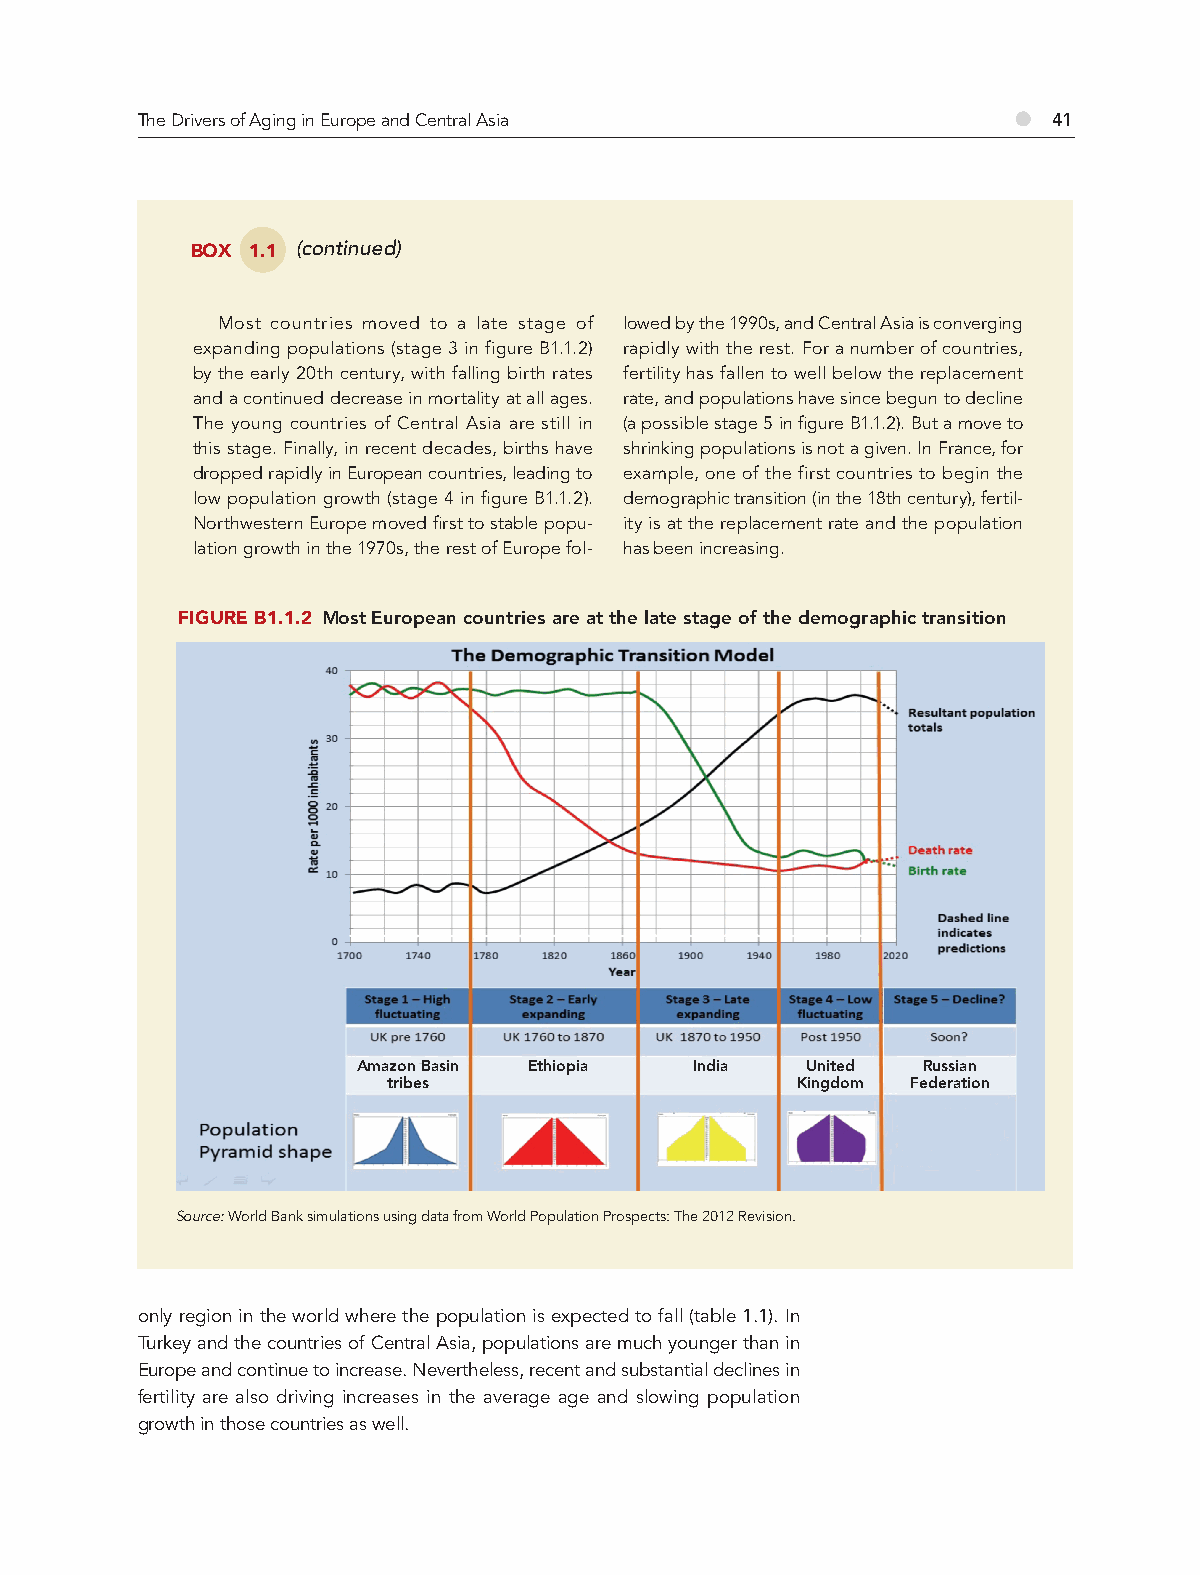
The Drivers of Aging in Europe and Central Asia           ●  41
 BOX 1.1 (continued)
 Most countries moved to a late stage of lowed by the 1990s, and Central Asia is converging
 expanding populations (stage 3 in figure B1.1.2) rapidly with the rest. For a number of countries,
 by the early 20th century, with falling birth rates fertility has fallen to well below the replacement
 and a continued decrease in mortality at all ages. rate, and populations have since begun to decline
 The young countries of Central Asia are still in (a possible stage 5 in fi gure B1.1.2). But a move to
 this stage. Finally, in recent decades, births have shrinking populations is not a given. In France, for
 dropped rapidly in European countries, leading to example, one of the first countries to begin the
 low population growth (stage 4 in fi gure B1.1.2). demographic transition (in the 18th century), fertil-
 Northwestern Europe moved fi rst to stable popu- ity is at the replacement rate and the population
 lation growth in the 1970s, the rest of Europe fol- has been increasing.
 FIGURE B1.1.2 Most European countries are at the late stage of the demographic transition
 Amazon Basin Ethiopia India  United  Russian
 tribes                     Kingdom Federation
 Source: World Bank simulations using data from World Population Prospects: The 2012 Revision.
 only region in the world where the population is expected to fall (table 1.1). In
 Turkey and the countries of Central Asia, populations are much younger than in
 Europe and continue to increase. Nevertheless, recent and substantial declines in
 fertility are also driving increases in the average age and slowing population
 growth in those countries as well.